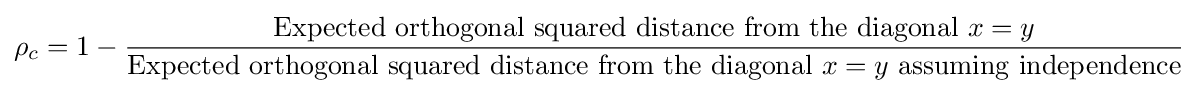
\rho _{c}=1-{\frac {{\rm {Expected\ orthogonal\ squared\ distance\ from\ the\ diagonal\ }}x=y}{{\rm {Expected\ orthogonal\ squared\ distance\ from\ the\ diagonal\ }}x=y{\rm {\ assuming\ independence}}}}